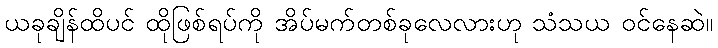
ယခုချိန်ထိပင် ထိုဖြစ်ရပ်ကို အိပ်မက်တစ်ခုလေလားဟု သံသယ ဝင်နေဆဲ။